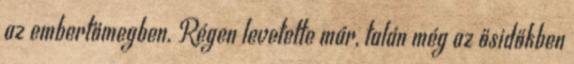
az embertömegben. Régen levetette már, talán még az ősidőkben